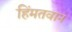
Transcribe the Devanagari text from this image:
हिंमतवान